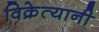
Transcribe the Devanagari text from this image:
विक्रेत्यानी